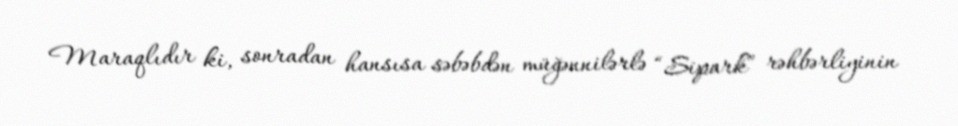
Maraqlıdır ki, sonradan hansısa səbəbdən müğənnilərlə “Sipark” rəhbərliyinin